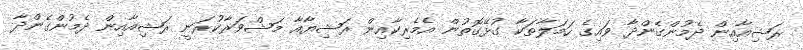
ރަޝިއާއިން ދެމުންގެންދާ ވައިގެ ހަމަލާތަކާ ގުޅޭގޮތުން އެމެރިކާއިން ރަޝިޔާއާ މަޝްވަރާކުރަނީ ރަޝިއާއިން ދެމުންގެންދާ